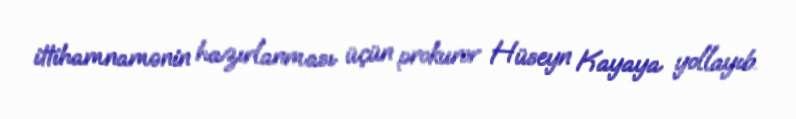
ittihamnamənin hazırlanması üçün prokuror Hüseyn Kayaya yollayıb.